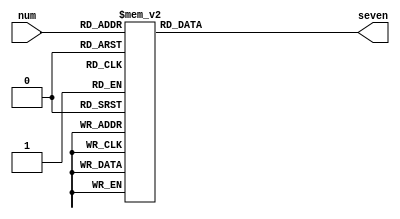
`timescale 1ns / 1ps

//Verilog 7-segment Decoder
module seven_segment_decoder(num, seven);
    input [3:0] num;
    output reg [6:0] seven;
    
    always @ (*) begin 
        case (num)
            4'b0000: seven <= 7'b1000000;
            4'b0001: seven <= 7'b1111001;
            4'b0010: seven <= 7'b0100100;
            4'b0011: seven <= 7'b0110000;
            4'b0100: seven <= 7'b0011001;
            4'b0101: seven <= 7'b0010010;
            4'b0110: seven <= 7'b0000010;
            4'b0111: seven <= 7'b1111000;
            4'b1000: seven <= 7'b0000000;
            4'b1001: seven <= 7'b0010000;
            4'b1010: seven <= 7'b0001000;
            4'b1011: seven <= 7'b0000011;
            4'b1100: seven <= 7'b1000110;
            4'b1101: seven <= 7'b0100001;
            4'b1110: seven <= 7'b0000110;
            4'b1111: seven <= 7'b0001110;
            
        endcase        
    end //always  
        
endmodule